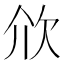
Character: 㰡